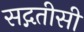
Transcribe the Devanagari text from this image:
सद्गतीसी